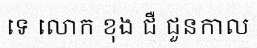
ទេ លោក ខុង ជឺ ជួនកាល